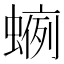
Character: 𧍐